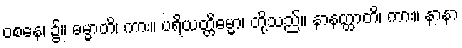
ဝစနေ၊ ၌။ ဓမ္မာတိ၊ ကား။ ပရိယတ္တိဓမ္မာ၊ တို့သည်။ နာနတ္ထာတိ၊ ကား။ နာနာ